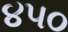
૪૫૦